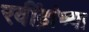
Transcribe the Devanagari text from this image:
रवींद्रांच्या